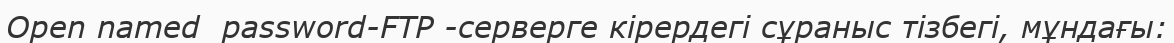
Open named  password-FTP -серверге кірердегі сұраныс тізбегі, мұндағы: